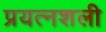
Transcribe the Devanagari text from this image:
प्रयत्नशली